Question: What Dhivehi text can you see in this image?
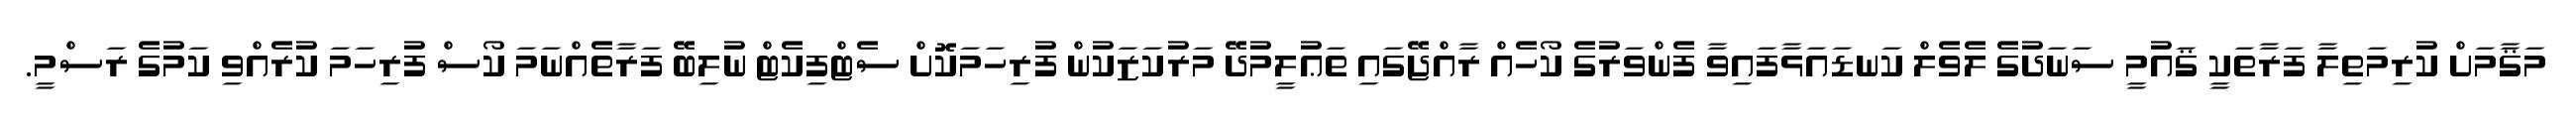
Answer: މަޤާމަށް ކުރިމަތިލާ ފަރާތަކީ ޤައުމީ ސަނަދުގެ ލެވެލް ކަނޑައަޅާފައިވާ ފެންވަރުގެ ކޯހެއް ރާއްޖޭގައި ތަޢުލީމުދޭ މަރުކަޒަކުން ފުރިހަމަކޮށް ސެޓްފިކެޓް ނުލިބޭ ފަރާތެއްނަމަ ކޯސް ފުރިހަމަ ކުރެއްވި ކަމުގެ ރަސްމީ.